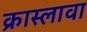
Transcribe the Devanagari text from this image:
क्रास्लावा